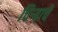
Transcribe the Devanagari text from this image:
चिऱ्याचे